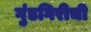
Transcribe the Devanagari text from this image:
गुंडगिरीची